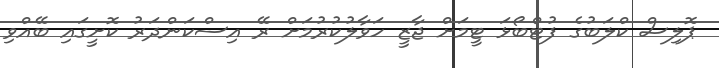
ޕޮލިސް ކްލަބުގެ ފުޓްބޯޅަ ޓީމަށް ޖާޒީ ހަވާލުކުރުމަށް ރޭ އިސްކަންދަރު ކޮށީގައި ބޭއްވި